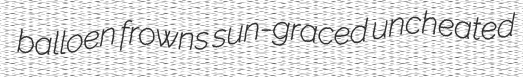
balloen frowns sun-graced uncheated